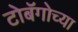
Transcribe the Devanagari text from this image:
टोबॅगोच्या